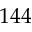
1 4 4